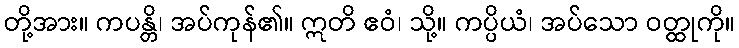
တို့အား။ ကပန္တိ၊ အပ်ကုန်၏။ ဣတိ ဧဝံ၊ သို့။ ကပ္ပိယံ၊ အပ်သော ဝတ္ထုကို။